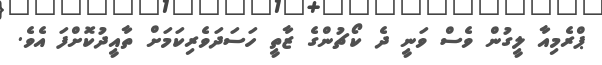
ޕްރެމިއާ ލީގުން ވެސް ވަނީ ދެ ކޯޗުންގެ ޒާތީ ހަސަދަވެރިކަމަށް ތާއީދުކޮށްފަ އެވެ.